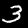
Digit: 3